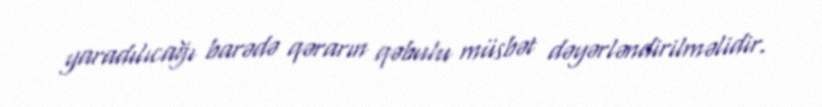
yaradılıcağı barədə qərarın qəbulu müsbət dəyərləndirilməlidir.